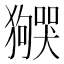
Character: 𬍌